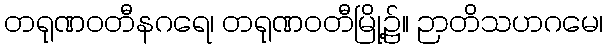
တရုဏဝတီနဂရေ၊ တရုဏဝတီမြို့၌။ ဉာတိသဟဂမေ၊